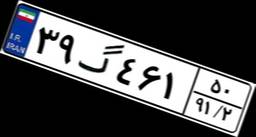
۳۹گ۴۶۱۵۰